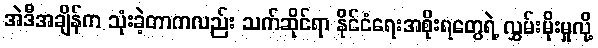
အဲဒီအချိန်က သုံးခဲ့တာကလည်း သက်ဆိုင်ရာ နိုင်ငံရေးအစိုးရတွေရဲ့ လွှမ်းမိုးမှုလို့